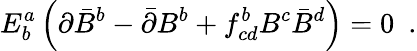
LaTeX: E_{b}^{a}\left(\partial\bar{B}^{b}-\bar{\partial}B^{b}+f_{cd}^{b}B^{c}\bar{B}^{d}\right)=0\, \, \, .